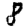
Digit: 8